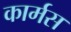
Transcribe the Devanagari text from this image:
कार्मस